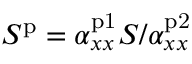
S ^ { \mathrm { p } } = \alpha _ { x x } ^ { \mathrm { p 1 } } S / \alpha _ { x x } ^ { \mathrm { p 2 } }